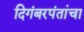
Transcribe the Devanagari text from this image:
दिगंबरपंतांचा